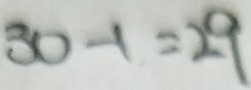
3 0 - 1 = 2 9